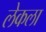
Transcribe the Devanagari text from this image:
लेकला